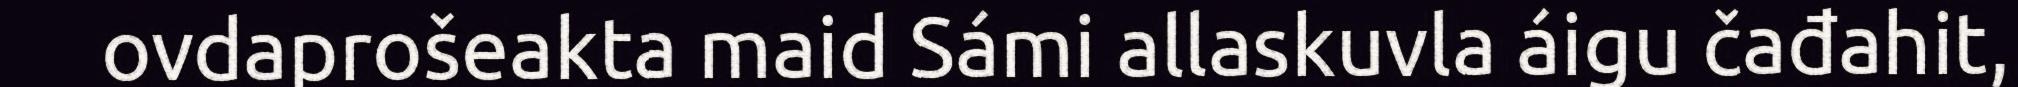
ovdaprošeakta maid Sámi allaskuvla áigu čađahit,